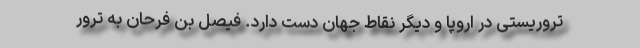
تروریستی در اروپا و دیگر نقاط جهان دست دارد. فیصل بن فرحان به ترور